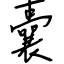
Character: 囊